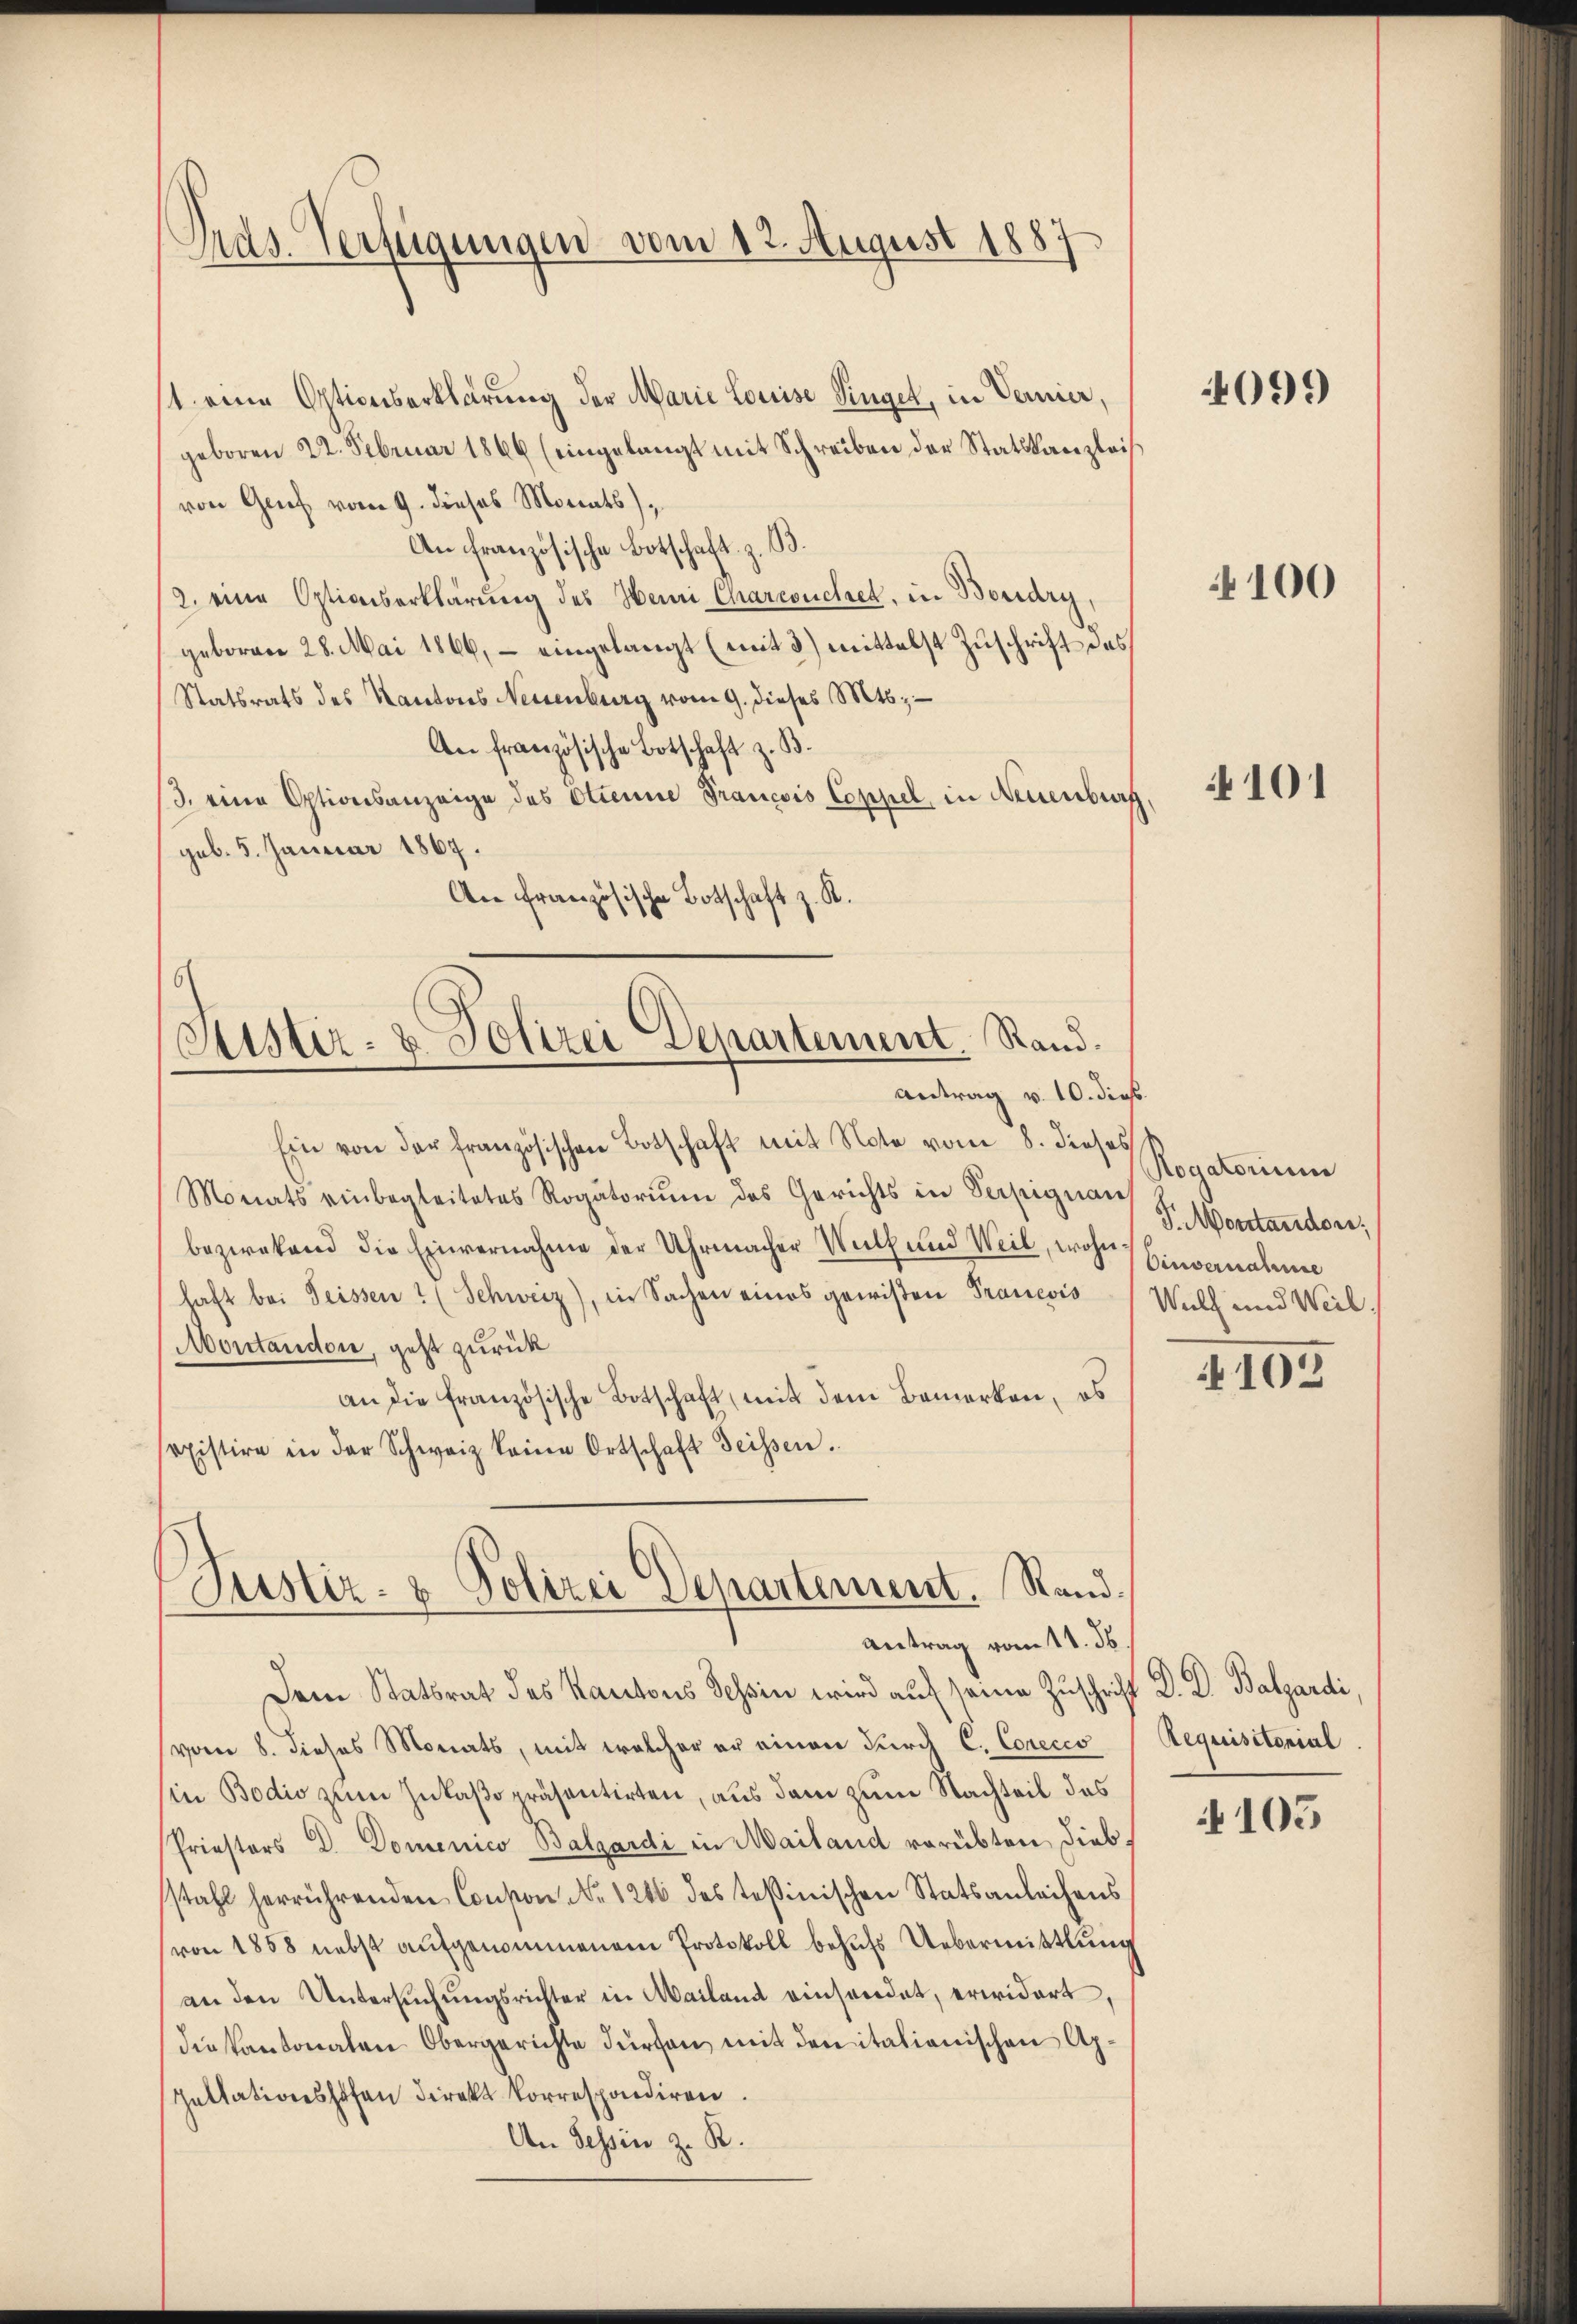
Ads. Verfügungen vom 12. August 1887

st eine Optionserklärung der Marie Louise Singer, in Vernier,
geboren 22. Februar 1866 (eingelangt mit Schreiben der Statskanzlei
von Gruf vom 9. dieses Monats,
An französische Botschaft z. B.
/2. eine Optionserklärung des Heini Charcoucher, in Bordry,
geboren 28. Mai 1866, - eingelangt (mit 3) mittelst Zuschrift des
Statsrats des Kantons Neuenburg vom 9. dieses Mts.
An französische Botschaft z. B.
/3. eine Optionsanzeige des Stienne Francois Coppel, in Neuenburg
gub. 5. Januar 1867.
An Französische Botschaft z. R.

d
Sistir- & Polizei Departement. Rand.
Antrag v. 10. dieß

Ein von der französischen Botschaft mit Note vom 8. dieses
Monats einbegleitetes Rogatoriŭm des Gerichts in Sesignant
bezwekend die Einvernahme der Uhrmacher Welt und Weil, wohne Einvernahme
haft bei Geissen? (Schweiz), in Sachen eines gewißen Francois Will und Weil
Moritandon, geht zurück
an die französische Botschaft, mit dem Bemerken, es
sexistire in der Schweiz keine Ortschaft Seissen.

Justiz- & Polizei Departement. Stand¬
Antrag vom 11. ds.

Dem Statsrat des Kantons Tessin wird auf seine Zuschrift D. Dr. Balgardi
(vom 8. dieses Monats, mit welcher er einen durch C. Corecco Requisitorial
(in Bodio zum Jukaßepräsentirten, aus dem zum Nachteil das
Priestors Dr. Domenico Balgardi in Mailand verübten, dieb
stahl herrührenden Conson No 1246 des tessinischen Statsanleihens
(von 1858 nebst aufgenommenem Protokoll behufs Uebermittlung
an den Untersŭchŭngsrichter in Mailand einsendet, erwidert,
die kantonalen Obergerichte dürfen mit den italienischen Ap¬
Zultationshofen direkt korrespondiren.
An Tessin z. B.

4099

4100

101

Rogatorium
J. Montandon,

102

105